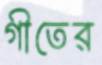
গীতের